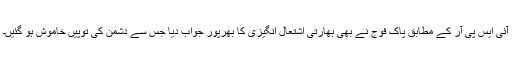
آئی ایس پی آر کے مطابق پاک فوج نے بھی بھارتی اشتعال انگیزی کا بھرپور جواب دیا جس سے دشمن کی توپیں خاموش ہو گئیں۔